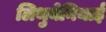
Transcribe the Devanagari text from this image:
लिथुयेनियाई